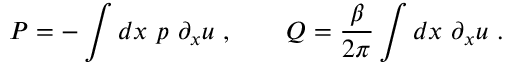
P = - \int d x \ p \ \partial _ { x } u \ , \qquad Q = { \frac { \beta } { 2 \pi } } \int d x \ \partial _ { x } u \ .